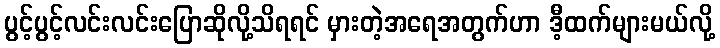
ပွင့်ပွင့်လင်းလင်းပြောဆိုလို့သိရရင် မှားတဲ့အရေအတွက်ဟာ ဒီ့ထက်များမယ်လို့